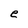
Character: e